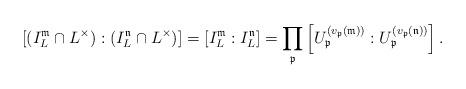
LaTeX: \begin{align*}[(I_{L}^{\mathfrak{m}}\cap L^{\times}):(I_{L}^{\mathfrak{n}}\cap L^{\times})]=[I_{L}^{\mathfrak{m}}:I_{L}^{\mathfrak{n}}]=\prod_{\mathfrak{p}}\left[U_{\mathfrak{p}}^{(v_{\mathfrak{p}}(\mathfrak{m}))}:U_{\mathfrak{p}}^{(v_{\mathfrak{p}}(\mathfrak{n}))}\right].\end{align*}